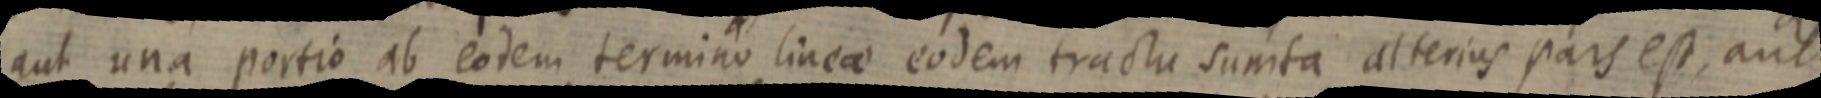
aut una portio ab eodem termino lineae eodem tractae sumta alterius pars est, aut